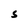
Character: 5